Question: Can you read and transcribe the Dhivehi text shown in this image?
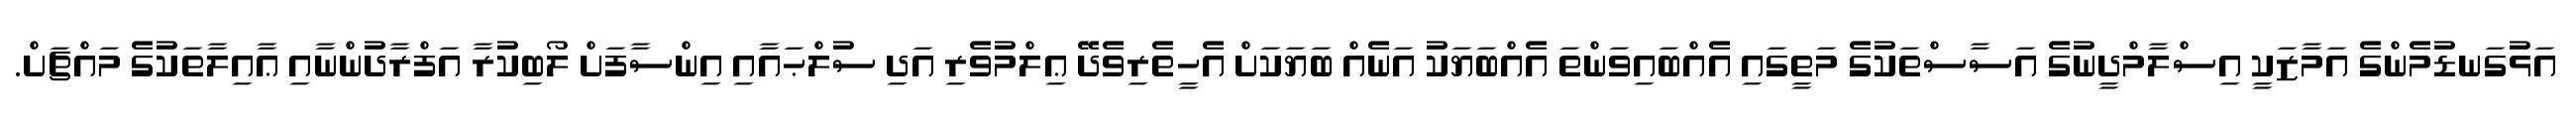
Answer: އަޅުގަނޑުމެންގެ އަމާޒަކީ އިސްލާމްދީނުގެ އަސާސްތަކުގެ މަތީގައި އެއްބައިވަންތަ އެއްބަޔަކު އަނެއް ބަޔަކަށް އެހީތެރިވެދޭ ޢިލްމުވެރި އަދި ސުލްޙައާއި އިންސާފަށް ލޯބިކުރާ އަފްރާދުންނާއި ޢާއިލާތަކުގެ މައްޗަށް.